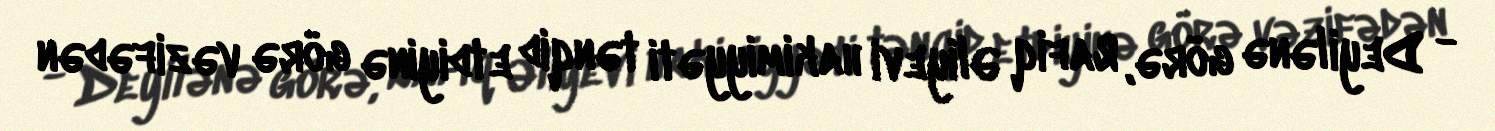
- Deyilənə görə, Rafiq Əliyevi hakimiyyəti tənqid etdiyinə görə vəzifədən